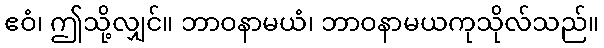
ဧဝံ၊ ဤသို့လျှင်။ ဘာဝနာမယံ၊ ဘာဝနာမယကုသိုလ်သည်။